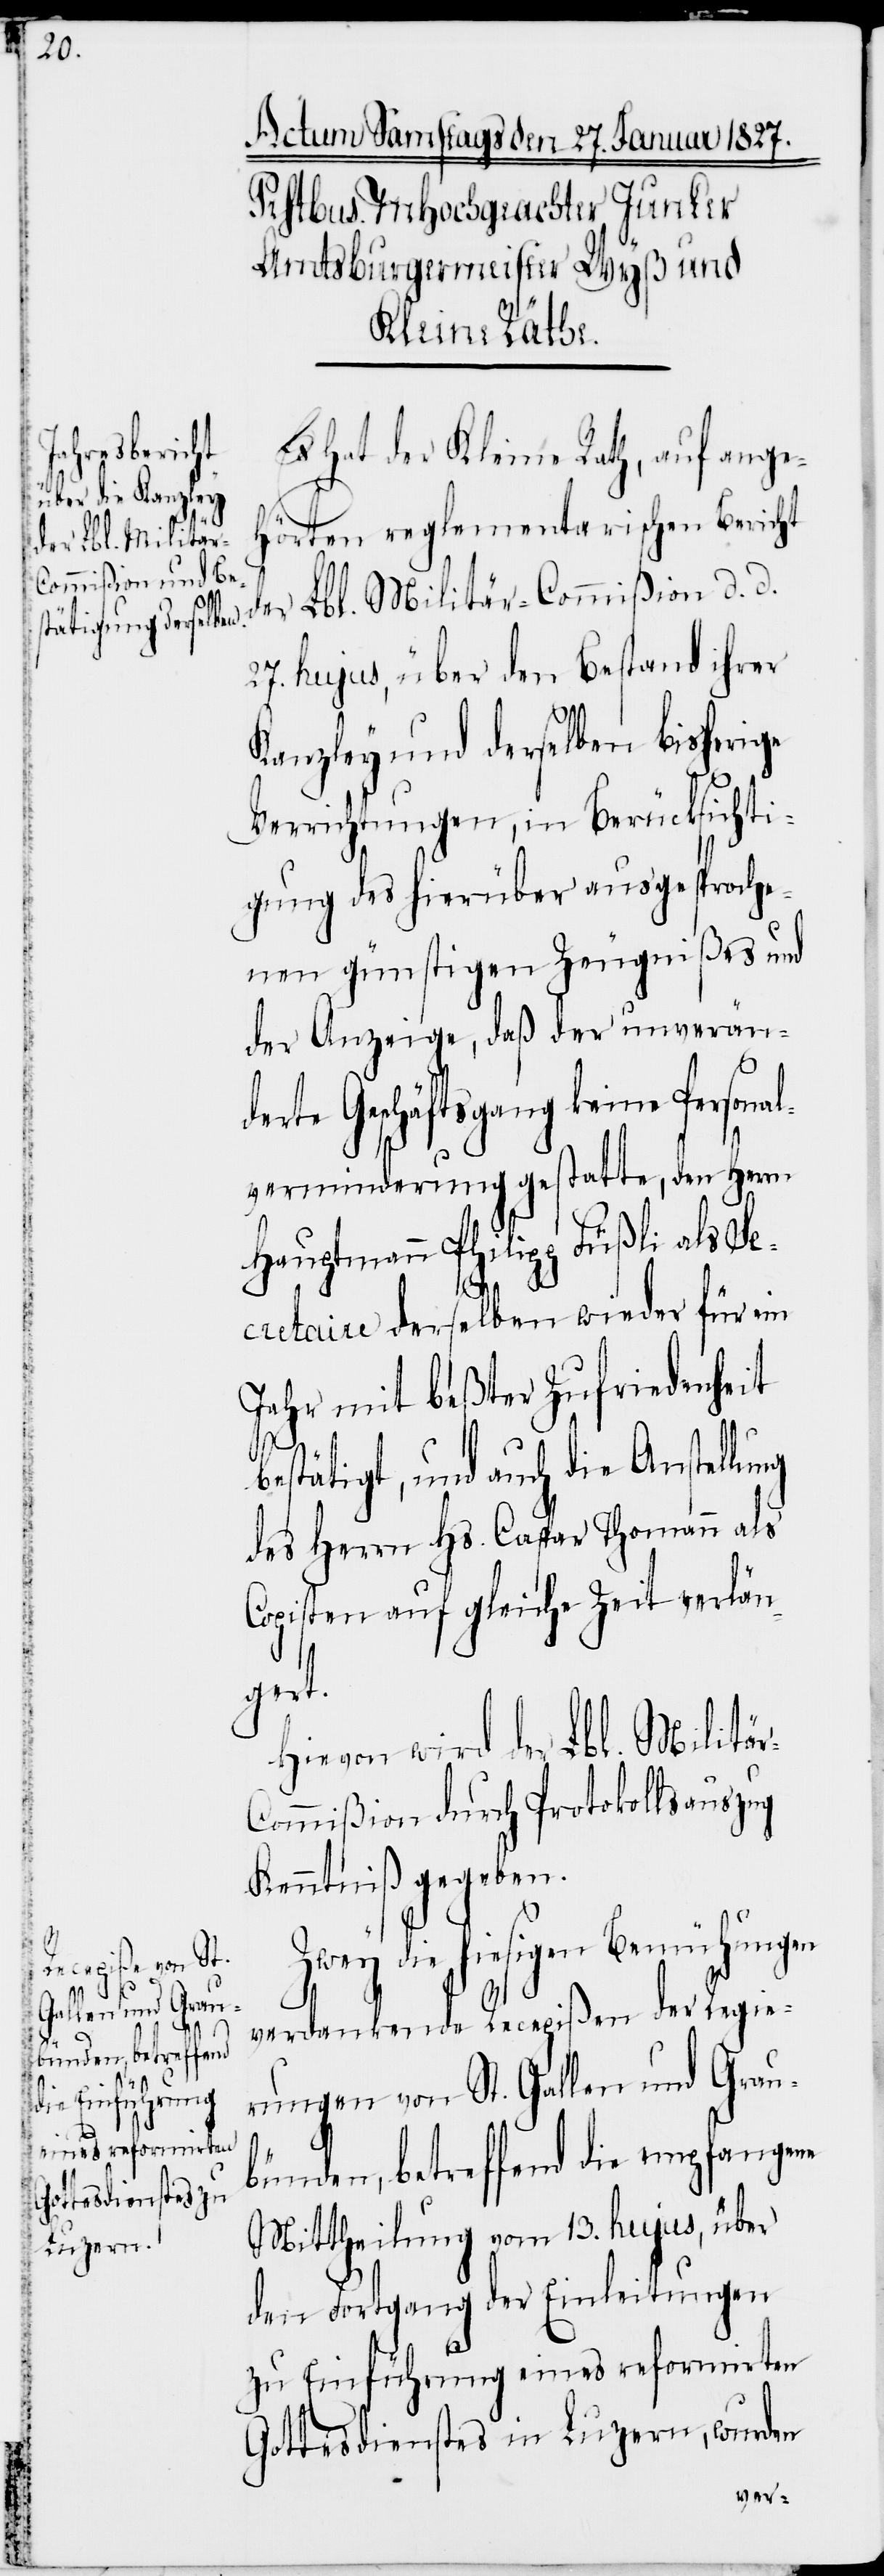
ng

Es hat der Kleine Rath, auf ange¬
hörten reglementarischen Bericht
der Lbl. Militär-Commißion d. d.
27. hujus, über den Bestand ihrer
Kanzley und derselben bisherige
Verrichtungen, in Berücksichti¬
gung des hierüber ausgesproche¬
nen günstigen Zeugnißes und
der Anzeige, daß der unverän¬
derte Geschäftsgang keine Personal¬
verminderung gestatte, den Herrn
Hauptmann Philipp Füßli als Se¬
cretaire derselben wieder für ein
Jahr mit beßter Zufriedenheit
bestätigt, und auch die Anstellu¬
des Herrn Hs. Caspar Thomann als
Copisten auf gleiche Zeit verlän¬
gert.
Hievon wird der Lbl. Militär-C¬
ommißion durch Protokollsauszug
Kenntniß gegeben.
Zwey die hiesigen Bemühungen
verdankende Recepißen der Regie¬
rungen von St. Gallen und Grau¬
bünden, betreffend die empfangene
Mittheilung vom 13. hujus, über
den Fortgang der Einleitungen
zu Einführung eines reformirten
Gottesdienstes in Luzern, wurden